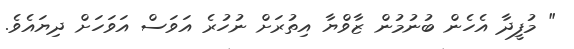
" މުފީދާ އެހެން ބުނުމުން ޒާވްޔާ އިތުރަށް ނުހުރެ އަވަސް އަވަހަށް ދިޔައެވެ.